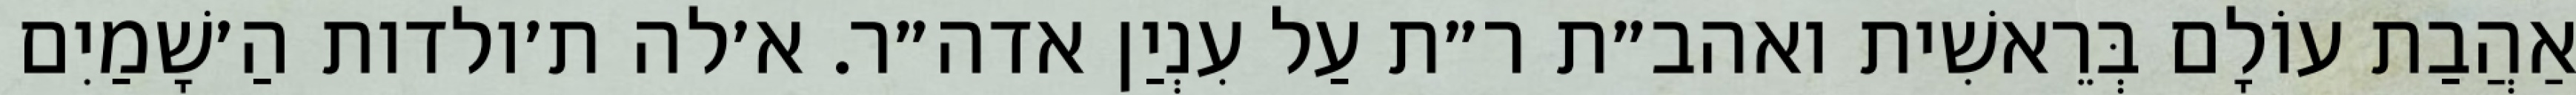
אַהֲבַת עוֹלָם בְּרֵאשִׁית ואהב״ת ר״ת עַל עִנְיַן אדה״ר. א׳לה ת׳ולדות הַ׳שָׁמַיִם